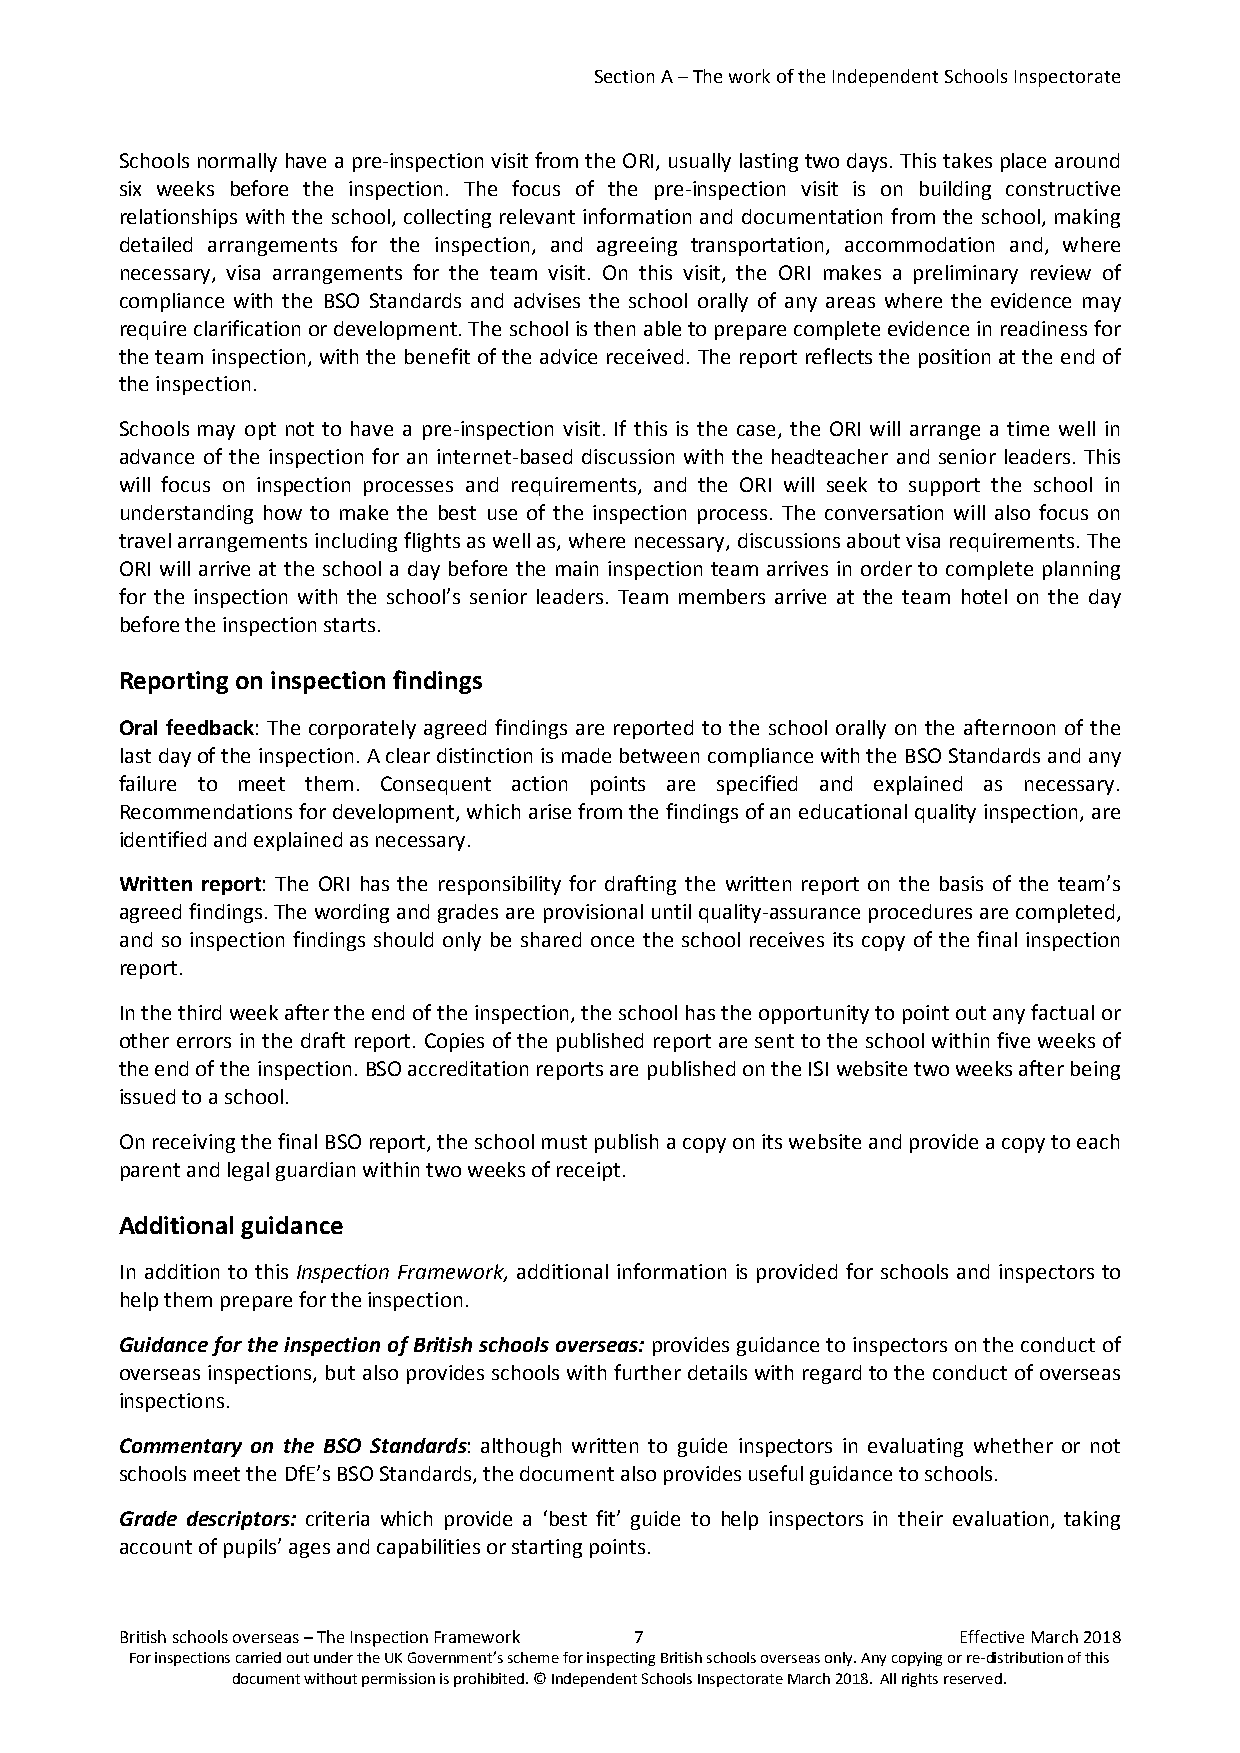
Section A – The work of the Independent Schools Inspectorate
 Schools normally have a pre-inspection visit from the ORI, usually lasting two days. This takes place around
 six weeks before the inspection. The focus of the pre-inspection visit is on building constructive
 relationships with the school, collecting relevant information and documentation from the school, making
 detailed arrangements for the inspection, and agreeing transportation, accommodation and, where
 necessary, visa arrangements for the team visit. On this visit, the ORI makes a preliminary review of
 compliance with the BSO Standards and advises the school orally of any areas where the evidence may
 require clarification or development. The school is then able to prepare complete evidence in readiness for
 the team inspection, with the benefit of the advice received. The report reflects the position at the end of
 the inspection.
 Schools may opt not to have a pre-inspection visit. If this is the case, the ORI will arrange a time well in
 advance of the inspection for an internet-based discussion with the headteacher and senior leaders. This
 will focus on inspection processes and requirements, and the ORI will seek to support the school in
 understanding how to make the best use of the inspection process. The conversation will also focus on
 travel arrangements including flights as well as, where necessary, discussions about visa requirements. The
 ORI will arrive at the school a day before the main inspection team arrives in order to complete planning
 for the inspection with the school’s senior leaders. Team members arrive at the team hotel on the day
 before the inspection starts.
 Reporting on inspection findings
 Oral feedback: The corporately agreed findings are reported to the school orally on the afternoon of the
 last day of the inspection. A clear distinction is made between compliance with the BSO Standards and any
 failure to meet them. Consequent action points are specified and explained as necessary.
 Recommendations for development, which arise from the findings of an educational quality inspection, are
 identified and explained as necessary.
 Written report: The ORI has the responsibility for drafting the written report on the basis of the team’s
 agreed findings. The wording and grades are provisional until quality-assurance procedures are completed,
 and so inspection findings should only be shared once the school receives its copy of the final inspection
 report.
 In the third week after the end of the inspection, the school has the opportunity to point out any factual or
 other errors in the draft report. Copies of the published report are sent to the school within five weeks of
 the end of the inspection. BSO accreditation reports are published on the ISI website two weeks after being
 issued to a school.
 On receiving the final BSO report, the school must publish a copy on its website and provide a copy to each
 parent and legal guardian within two weeks of receipt.
 Additional guidance
 In addition to this Inspection Framework, additional information is provided for schools and inspectors to
 help them prepare for the inspection.
 Guidance for the inspection of British schools overseas: provides guidance to inspectors on the conduct of
 overseas inspections, but also provides schools with further details with regard to the conduct of overseas
 inspections.
 Commentary on the BSO Standards: although written to guide inspectors in evaluating whether or not
 schools meet the DfE’s BSO Standards, the document also provides useful guidance to schools.
 Grade descriptors: criteria which provide a ‘best fit’ guide to help inspectors in their evaluation, taking
 account of pupils’ ages and capabilities or starting points.
 British schools overseas – The Inspection Framework 7  Effective March 2018
 For inspections carried out under the UK Government’s scheme for inspecting British schools overseas only. Any copying or re-distribution of this
 document without permission is prohibited. © Independent Schools Inspectorate March 2018. All rights reserved.